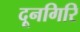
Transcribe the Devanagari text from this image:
दूनगिरि